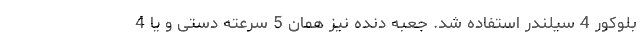
بلوکور 4 سیلندر استفاده شد. جعبه دنده نیز همان 5 سرعته دستی و یا 4